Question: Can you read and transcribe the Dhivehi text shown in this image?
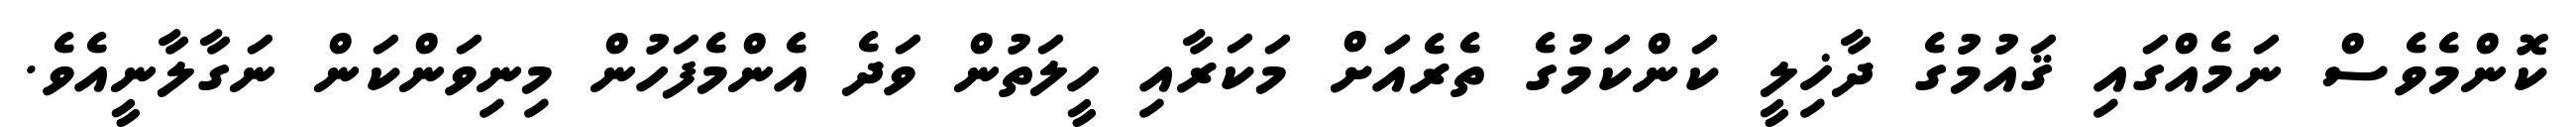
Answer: ކޮންމެވެސް ނަމެއްގައި ޤައުމުގެ ދާޚިލީ ކަންކަމުގެ ތެރެއަަށް މަކަރާއި ހީލަތުން ވަދެ އެންމެފަހުން މިނިވަންކަން ނަގާލާނީއެވެ.